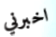
اخبرني